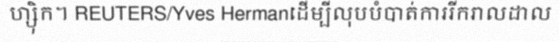
ហ្ស៉ិក។ REUTERS/Yves Hermanដើម្បីលុបបំបាត់ការរីករាលដាល